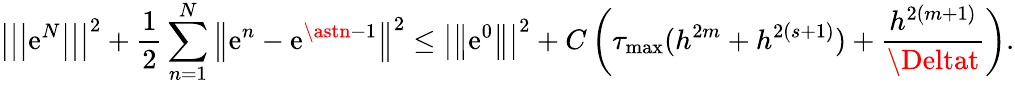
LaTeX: \left\vert\left\vert\left\vert\mathrm{e}^{N}\right\vert\right\vert\right\vert^{2}+\frac{{1}}{{2}}\sum_{n=1}^{N}\left\Vert\mathrm{e}^{n}-\mathrm{e}^{\astn-1}\right\Vert^{2}\leq\left\vert\left\Vert\mathrm{e}^{0}\right\Vert\right\vert^{2}+C\left(\tau_{\operatorname*{max}}(h^{2m}+h^{2\left(s+1\right)})+\frac{{h^{2\left(m+1\right)}}}{{\Deltat}}\right).